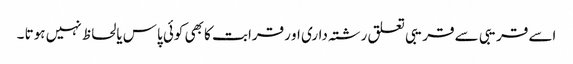
اسے قریبی سے قریبی تعلق رشتہ داری او رقرابت کا بھی کوئی پاس یالحاظ نہیں ہوتا ۔